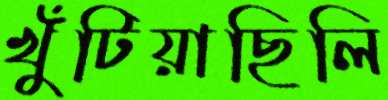
খুঁটিয়াছিলি